Veterinary regulations India, 1925 -
Year: 1925
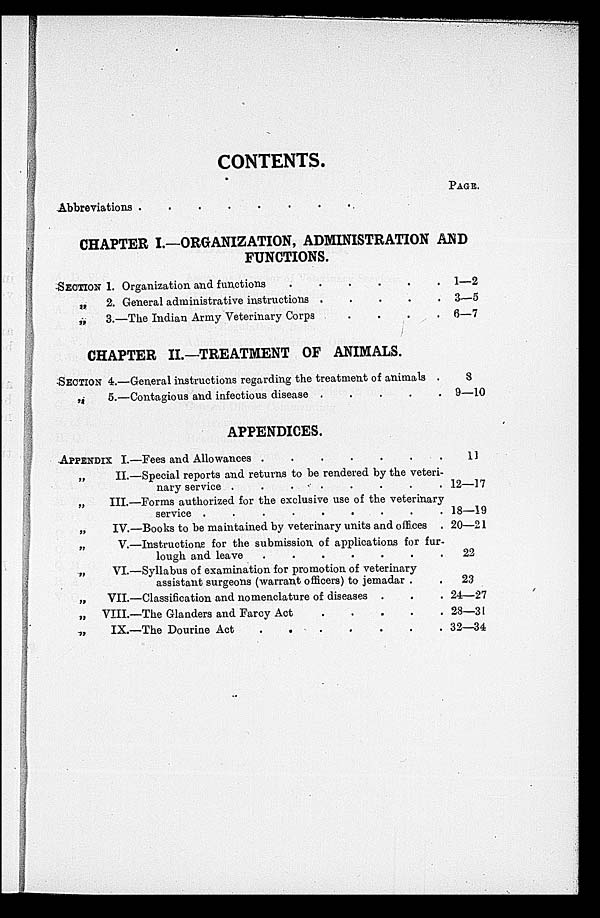
CONTENTS.
Abbreviations . . . . . . . . .
PAGE.
CHAPTER I.—ORGANIZATION, ADMINISTRATION AND
FUNCTIONS.
SECTION 1. Organization and functions
.
.
.
.
.
.
„
2. General administrative instructions .
.
.
.
.
„
3.—The Indian Army Veterinary Corps
.
.
.
.
1—2
3—5
6—7
CHAPTER II.—TREATMENT OF ANIMALS.
SECTION 4.—General instructions regarding the treatment of animals .
„
5.—Contagious and infectious disease .
.
.
.
.
8
9—10
APPENDICES.
APPENDIX I.—Fees and Allowances . . . . . .
„ II.—Special reports and returns to be rendered by the veteri-
nary service . . . . . . . . .
„
III.—Forms authorized for the exclusive use of the veterinary
service
.
.
.
.
.
.
.
.
.
„
IV.—Books to be maintained by veterinary units and offices .
„
V.—Instructions for the submission of applications for fur-
lough and love . . . . . . .
„
VI.—Syllabus of examination for promotion of veterinary
assistant surgeons (warrant officers) to jemadar . .
„
VII.—Classification and nomenclature of diseases . . .
„
VIII.—The Glanders and Farcy Act
.
.
.
.
.
„
IX.—The Dourine Act
.
.
. . . . .
11
12—17
18—19
20—21
22
23
24—27
28—31
32—34